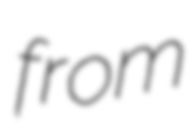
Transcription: from